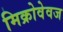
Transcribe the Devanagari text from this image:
मिक्रोवेवज